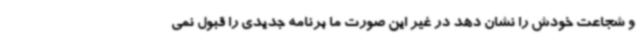
و شجاعت خودش را نشان دهد در غیر این صورت ما برنامه جدیدی را قبول نمی